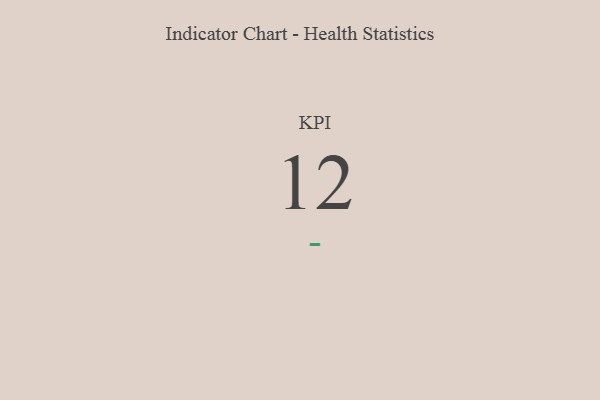
{"axis": {"x": "KPI", "y": "Value"}, "legend": [""], "data": [{"x": "KPI", "y": 12, "type": ""}]}